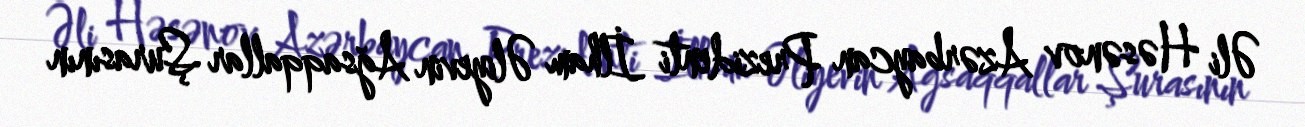
Əli Həsənov Azərbaycan Prezidenti İlham Əliyevin Ağsaqqallar Şurasının